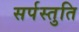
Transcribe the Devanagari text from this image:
सर्पस्तुति